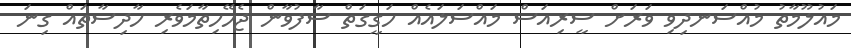
މައުލޫމާތު މުއްސަނދިވި ވަރަށް ސީރިއަސް މައްސަލައެއް ހަގީގަތް ސާފުވާން ޖެހޭހިތާމަވެރި ހާދިސާތައް ގިނަ